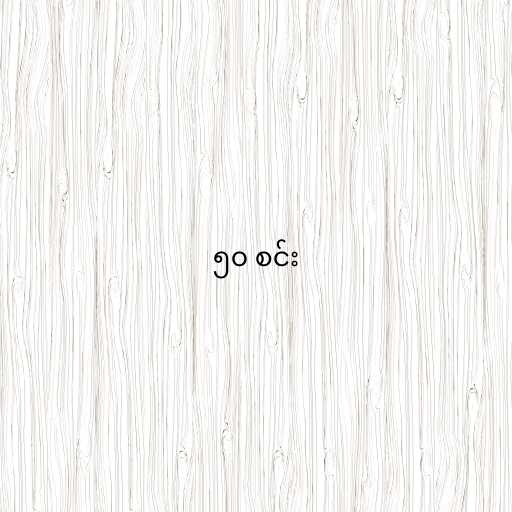
၅၀ စင်း